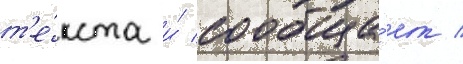
т'е́кста и́ сообща́ет /